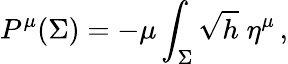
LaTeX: P^{\mu}(\Sigma)=-\mu\int_{\Sigma}\sqrt{h}\; \eta^{\mu}\, ,